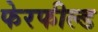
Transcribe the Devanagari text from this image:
फेरफील्ड